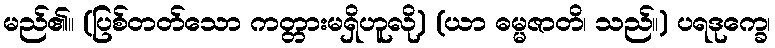
မည်၏။ (ပြစ်တတ်သော ကတ္တားမရှိဟူလို) (ယာ ဓမ္မဇာတိ၊ သည်။) ပရဒုက္ခေ၊